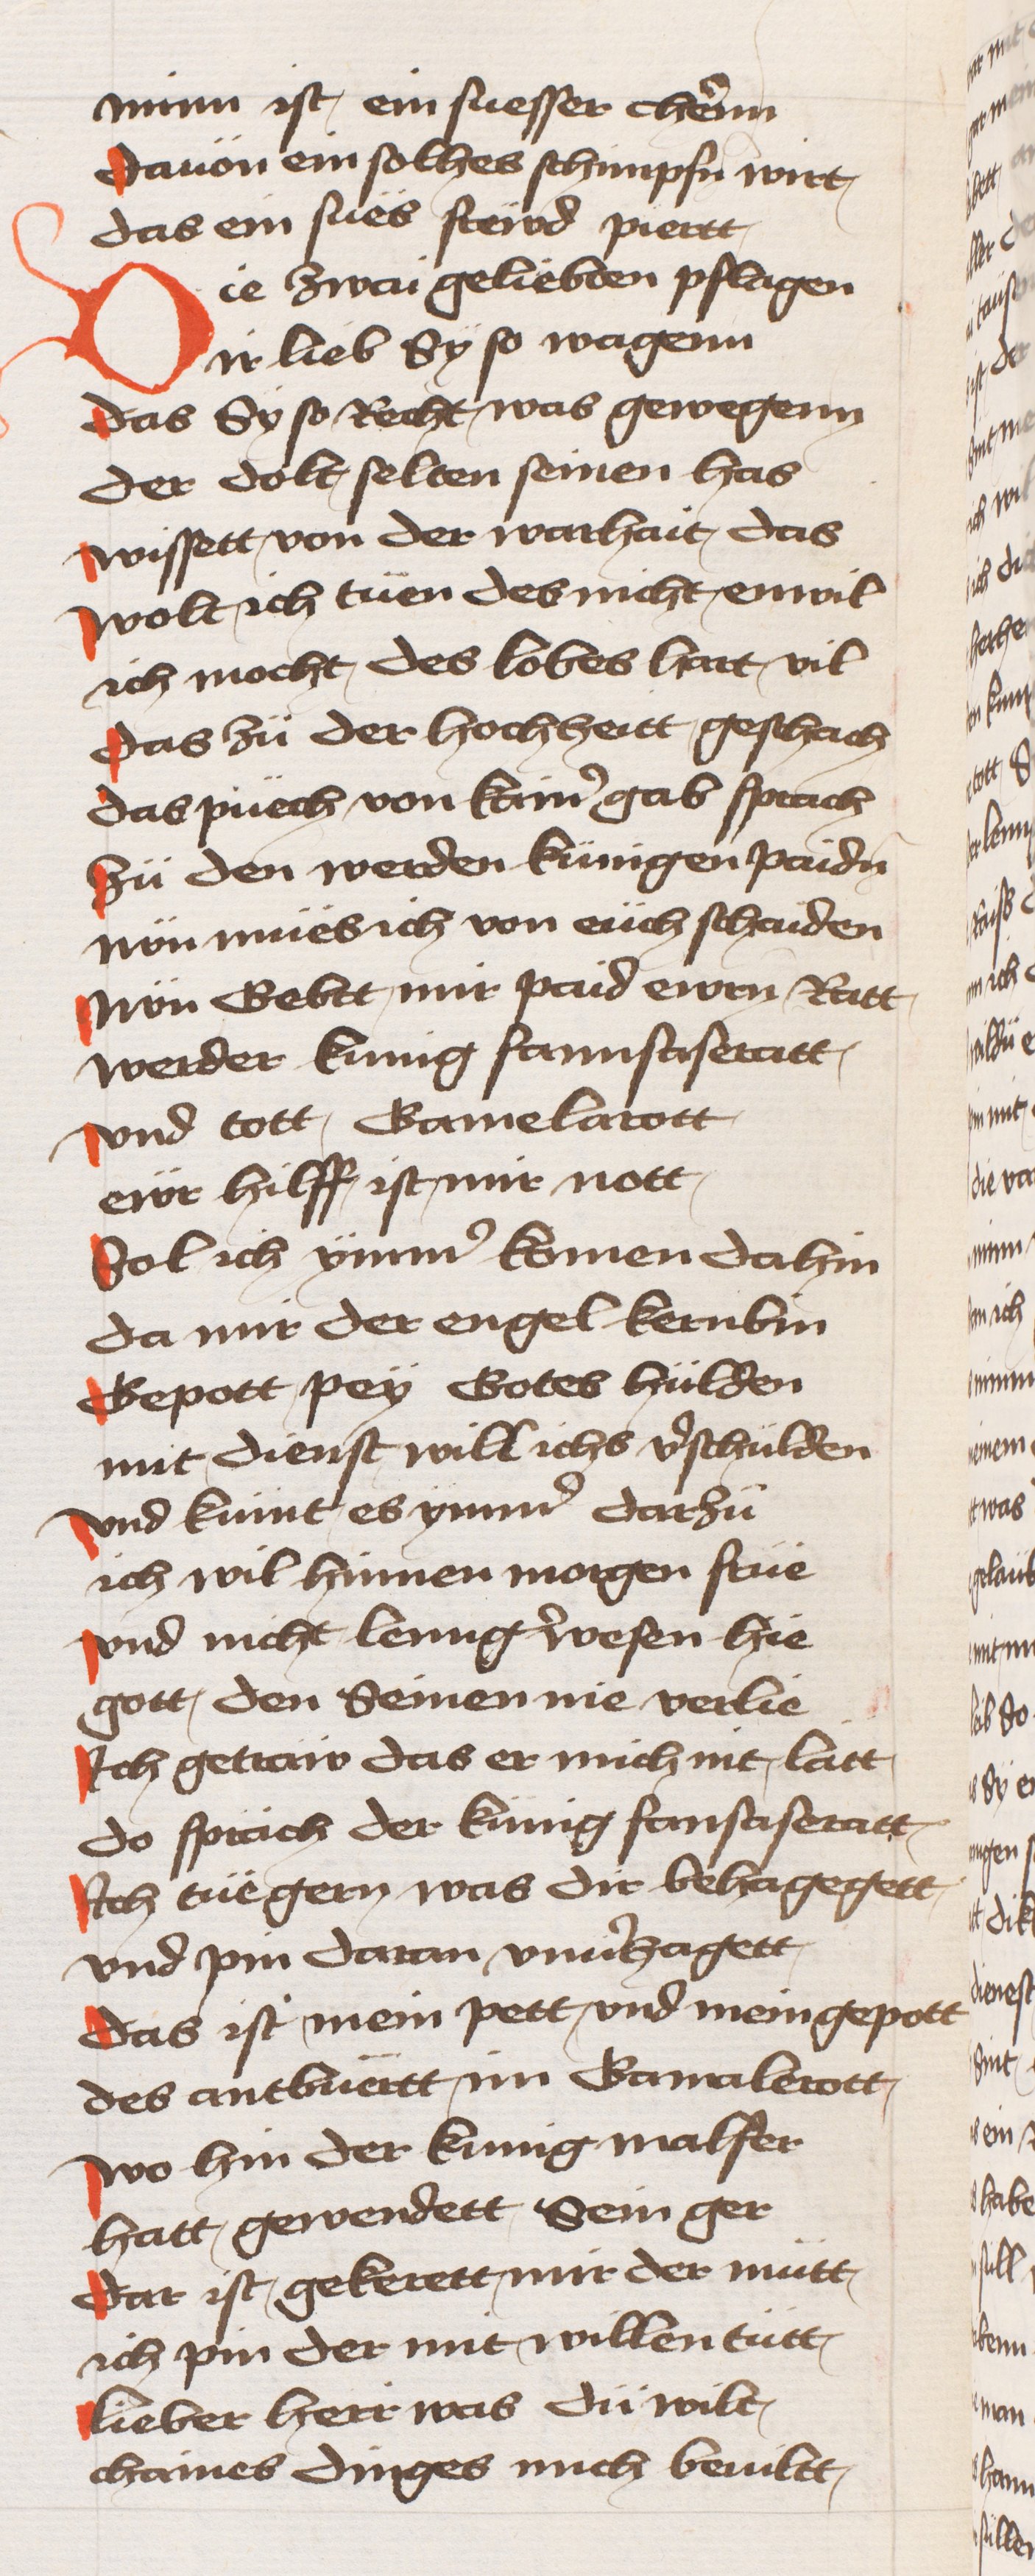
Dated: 1433–1466